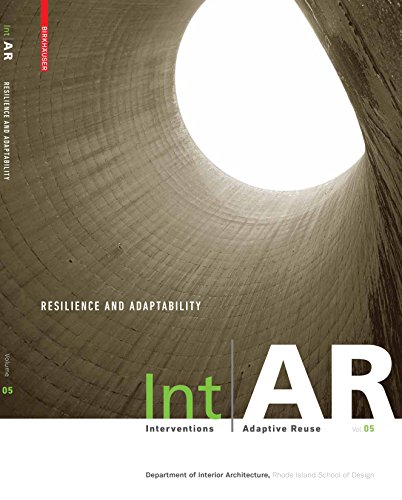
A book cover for IntAR, Interventions Adaptive Reuse, Volume 05; Resilience and Adaptability; Marco Vanucci; Arts & Photography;